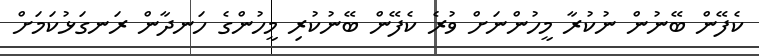
ކެފޭން ބޭނުން ނުކުރާ މީހުންނަށް ވުރެ ކެފޭން ބޭނުކުރި މީހުންގެ ހަނދާން ރަނގަޅުކަމަށް